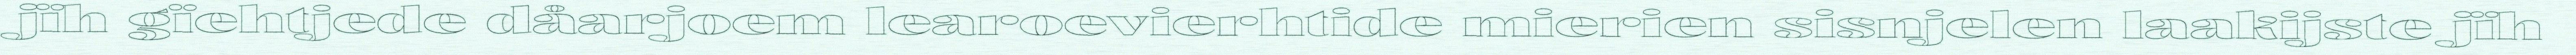
jïh gïehtjede dåarjoem learoevierhtide mierien sisnjelen laakijste jïh